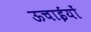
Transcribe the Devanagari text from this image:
ऊचाईयों